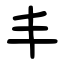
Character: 丰